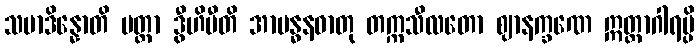
သမာဒိန္နောတိ ပတ္တာ ဒွီဟိပီတိ အာဗန္ဓနဓာတု တက္ကသီလတော ဈာနက္ခဏေ ဣတ္ထာဂါရမ္ပိ